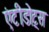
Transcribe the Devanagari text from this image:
एंटीडोट्स